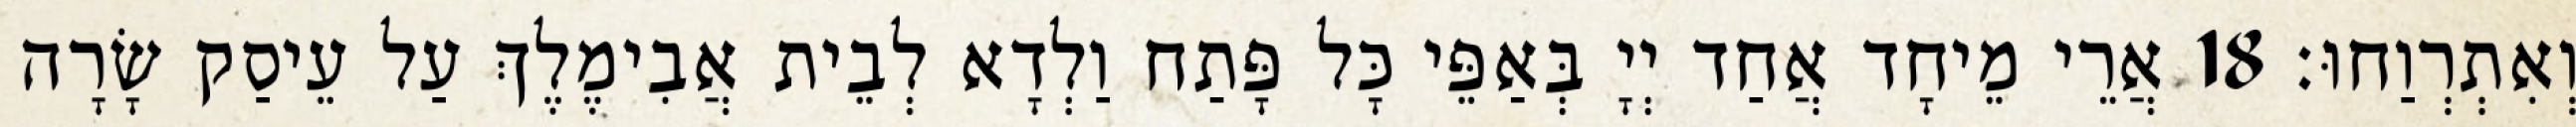
וְאִתְרְוַחוּ׃ 18 אֲרֵי מֵיחָד אֲחַד יְיָ בְּאַפֵּי כָּל פָּתַח וַלְדָא לְבֵית אֲבִימֶלֶךְ עַל עֵיסַק שָׂרָה